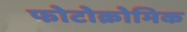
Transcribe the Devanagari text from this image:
फोटोक्रोमिक